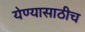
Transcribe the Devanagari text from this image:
येण्यासाठीच